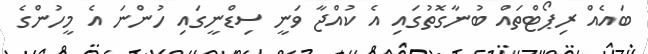
ބައެއް ރިޕޯޓްތައް ބުނާގޮތުގައި އެ ކުއްޖާ ވަނީ ސިޑްނީގައި ހުންނަ އެ މީހުންގެ